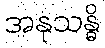
အနုသန္ဓိ